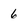
Character: 6